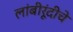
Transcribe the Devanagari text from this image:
लांबीरूंदीचे